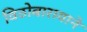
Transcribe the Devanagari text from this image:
विठोबारायाने